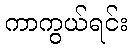
ကာကွယ်ရင်း